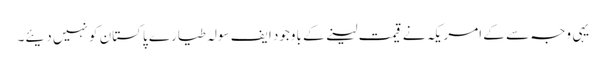
یہی وجہ سے کے امریکہ نے قیمت لینے کے باوجود ایف سولہ طیارے پاکستان کو نہیں دیئے۔